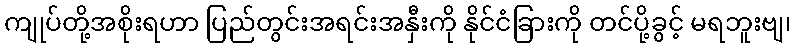
ကျုပ်တို့အစိုးရဟာ ပြည်တွင်းအရင်းအနှီးကို နိုင်ငံခြားကို တင်ပို့ခွင့် မရဘူးဗျ၊